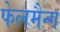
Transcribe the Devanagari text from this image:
फेलमैन्ग